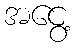
အငွေ့